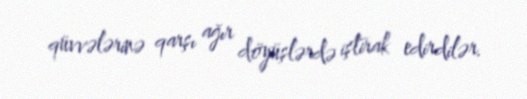
qüvvələrinə qarşı ağır döyüşlərdə iştirak edirdilər.